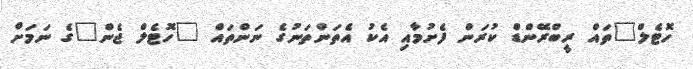
ހޮޓެލް"ތައް ރީބްރޭންޑް ކުރަން ފެށުމާއި އެކު އެތަންތަނުގެ ނަންތައް "ހޮޓެލް ޖެން"ގެ ނަމަށް